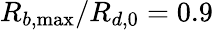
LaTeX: R_{b,\operatorname*{max}}/R_{d,0}=0.9